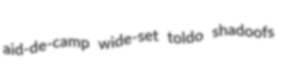
aid-de-camp wide-set toldo shadoofs